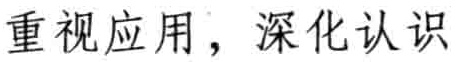
重视应用，深化认识